Medical and sanitary report of the native army of Madras for the year
Year: 1878
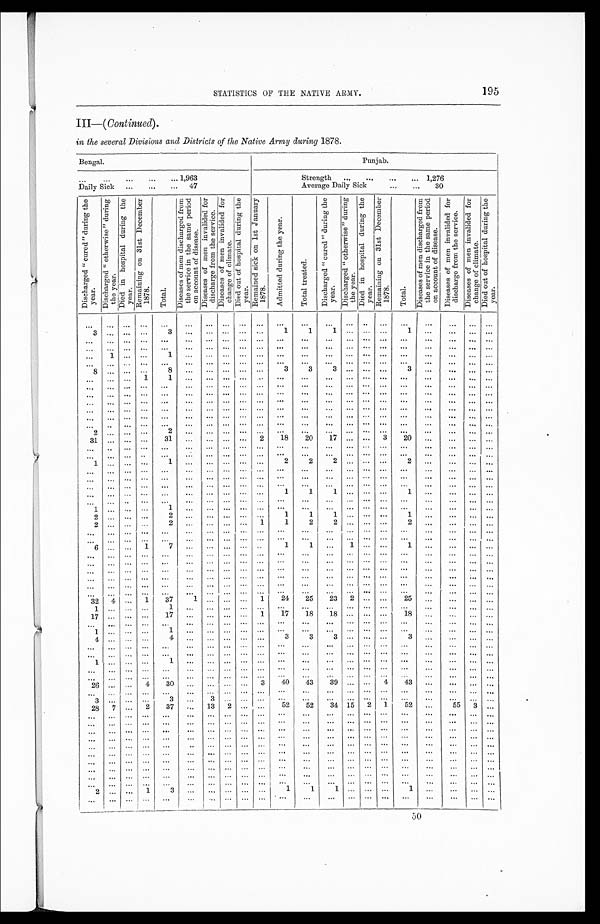
195
STATISTICS OF THE NATIVE ARMY.
III—( Continued).
in the several Divisions and Districts of the Native Army during 1878.
Bengal.
Punjab.
. . . 1,963
Strength . . . 1,276
Daily Sick . . . 47
Average Daily Sick . . . 30
D i s c h a r g e d " c u r e d " d u r i n g t h e y e a r .
D i s c h a r g e d " o t h e r w i s e " d u r i n g t h e y e a r .
D i e d i n h o s p i t a l d u r i n g t h e y e a r .
R e m a i n i n g o n 3 1 s t D e c e m b e r 1 8 7 8 .
T o t a l .
D i s e a s e s o f m e n d i s c h a r g e d f r o m t h e s e r v i c e i n t h e s a m e p e r i o d o n a c c o u n t o f d i s e a s e .
D i s e a s e s o f m e n i n v a l i d e d f o r d i s c h a r g e f r o m t h e s e r v i c e .
D i s e a s e s o f m e n i n v a l i d e d f o r c h a n g e o f c l i m a t e .
D i e d o u t o f h o s p i t a l d u r i n g t h e y e a r .
R e m a i n e d s i c k o n 1 s t J a n u a r y 1 8 7 8 .
A d m i t t e d d u r i n g t h e y e a r .
T o t a l t r e a t e d .
D i s c h a r g e d " c u r e d " d u r i n g t h e y e a r .
D i s c h a r g e d " o t h e r w i s e " d u r i n g t h e y e a r .
D i e d i n h o s p i t a l d u r i n g t h e y e a r .
R e m a i n i n g o n 3 1 s t D e c e m b e r 1 8 7 8 .
T o t a l .
D i s e a s e s o f m e n d i s c h a r g e d f r o m t h e s e r v i c e i n t h e s a m e p e r i o d o n a c c o u n t o f d i s e a s e .
D i s e a s e s o f m e n i n v a l i d e d f o r d i s c h a r g e f r o m t h e s e r v i c e .
D i s e a s e s o f m e n i n v a l i d e d f o r c h a n g e o f c l i m a t e .
D i e d o u t o f h o s p i t a l d u r i n g t h e y e a r .
. . .
. . .
. . .
. . .
. . .
. . .
. . .
. . .
. . .
. . .
. . .
. . .
. . .
. . .
. . .
. . .
. . .
. . .
. . .
. . .
. . .
3
. . . . . .
. . .
3
. . .
. . .
. . .
. . .
. . .
1
1
1
. . .
. . .
. . .
1
. . .
. . .
. . . . . .
. . .
. . .
. . .
. . .
. . .
. . .
. . .
. . .
. . .
. . .
. . .
. . .
. . .
. . .
. . .
. . .
. . .
. . .
. . .
. . .
. . .
. . .
. . .
. . .
. . .
. . .
. . .
. . .
. . .
. . .
. . .
. . .
. . .
. . .
. . .
. . .
. . .
. . .
. . .
. . .
. . .
. . .
. . .
1
. . .
. . .
1
. . .
. . .
. . .
. . .
. . .
. . .
. . .
. . .
. . .
. . .
. . .
. . .
. . .
. . .
. . .
. . .
. . .
. . . . . .
. . .
. . .
. . .
. . .
. . .
. . .
. . .
. . .
. . .
. . .
. . .
. . .
. . .
. . .
. . .
. . .
. . .
. . .
8
. . . . . .
. . .
8
. . .
. . .
. . .
. . .
. . .
3
3
3
. . .
. . .
. . .
3
. . .
. . .
. . . . . .
. . .
. . .
. . .
1
1
. . .
. . .
. . .
. . .
. . .
. . .
. . .
. . .
. . .
. . .
. . .
. . .
. . .
. . .
. . .
. . .
. . .
. . .
. . .
. . .
. . .
. . .
. . .
. . .
. . .
. . .
. . .
. . .
. . .
. . .
. . .
. . .
. . .
. . .
. . .
. . .
. . .
. . .
. . .
. . .
. . .
. . .
. . .
. . . . . .
. . .
. . .
. . .
. . .
. . .
. . .
. . .
. . .
. . .
. . .
. . .
. . .
. . .
. . .
. . .
. . .
. . .
. . .
. . .
. . .
. . .
. . .
. . .
. . .
. . .
. . .
. . .
. . .
. . .
. . .
. . .
. . .
. . .
. . .
. . .
. . .
. . .
. . .
. . .
. . .
. . .
. . .
. . .
. . .
. . .
. . .
. . .
. . .
. . .
. . .
. . .
. . .
. . .
. . . . . .
. . .
. . .
. . .
. . .
. . .
. . .
. . .
. . .
. . .
. . .
. . .
. . .
. . .
. . .
. . .
. . .
. . .
. . .
. . .
. . . . . .
. . .
. . .
. . .
. . .
. . .
. . .
. . .
. . .
. . .
. . .
. . .
. . .
. . .
. . .
. . .
. . .
. . .
. . .
. . .
. . . . . .
2
. . . . . .
. . .
2
. . .
. . .
. . .
. . .
. . .
. . .
. . .
. . .
. . .
. . .
. . .
. . .
. . .
. . .
. . .
. . .
31
. . . . . .
. . .
31
. . .
. . .
. . .
. . .
2
18
20
17
. . .
. . .
3
20
. . .
. . .
. . .
. . .
. . .
. . .
. . .
. . .
. . .
. . .
. . .
. . .
. . .
. . .
. . .
. . .
. . .
. . .
. . .
. . .
. . .
. . .
. . .
. . .
. . .
. . .
. . .
. . .
. . .
. . .
. . .
. . .
. . .
. . .
. . .
. . .
. . .
. . .
. . .
. . .
. . .
. . .
. . .
. . .
. . .
. . .
1
. . . . . .
. . .
1
. . .
. . .
. . .
. . .
. . .
2
2
2
. . .
. . .
. . .
2
. . .
. . .
. . . . . .
. . .
. . .
. . .
. . .
. . .
. . .
. . .
. . .
. . .
. . .
. . .
. . .
. . .
. . .
. . .
. . .
. . .
. . .
. . .
. . . . . .
. . .
. . .
. . .
. . .
. . .
. . .
. . .
. . .
. . .
. . .
. . .
. . .
. . .
. . .
. . .
. . .
. . .
. . .
. . .
. . .
. . .
. . .
. . .
. . .
. . .
. . .
. . .
. . . . . .
. . .
. . .
. . .
. . .
. . .
. . .
. . .
. . .
. . .
. . .
. . .
. . .
. . .
. . .
. . .
. . .
. . .
. . .
. . .
. . .
. . .
. . .
. . .
1
1
1
. . .
. . .
. . .
1
. . .
. . .
. . .
. . .
. . .
. . .
. . .
. . .
. . .
. . .
. . .
. . .
. . .
. . .
. . .
. . .
. . .
. . .
. . .
. . .
. . .
. . .
. . .
. . . . . .
1
. . . . . .
. . .
1
. . .
. . .
. . .
. . .
. . .
. . .
. . .
. . .
. . .
. . .
. . .
. . .
. . .
. . .
. . .
. . .
2
. . . . . .
. . .
2
. . .
. . .
. . .
. . .
. . .
1
1
1
. . .
. . .
. . .
1
. . .
. . .
. . .
. . .
2
. . . . . .
. . .
2
. . .
. . . . . .
. . .
1
1
2
2
. . .
. . .
. . .
2
. . .
. . .
. . .
. . .
. . .
. . .
. . .
. . .
. . .
. . .
. . .
. . .
. . .
. . .
. . .
. . .
. . .
. . .
. . .
. . .
. . .
. . .
. . .
. . . . . .
. . .
. . .
. . .
. . .
. . .
. . .
. . .
. . .
. . .
. . .
. . .
. . .
. . .
. . .
. . .
. . .
. . .
. . .
. . .
. . .
. . .
6
. . .
. . .
1
7
. . .
. . .
. . .
. . .
. . .
1
1
. . .
1
. . .
. . .
1
. . .
. . .
. . .
. . .
. . .
. . .
. . .
. . .
. . .
. . .
. . .
. . .
. . .
. . .
. . .
. . .
. . .
. . .
. . .
. . .
. . .
. . .
. . .
. . .
. . .
. . .
. . .
. . .
. . .
. . .
. . .
. . .
. . .
. . .
. . .
. . .
. . .
. . .
. . .
. . .
. . .
. . .
. . .
. . .
. . . . . .
. . .
. . .
. . .
. . .
. . .
. . .
. . .
. . .
. . .
. . .
. . .
. . .
. . .
. . .
. . .
. . .
. . .
. . .
. . .
. . .
. . .
. . .
. . .
. . .
. . .
. . .
. . .
. . .
. . .
. . .
. . .
. . .
. . .
. . .
. . .
. . .
. . .
. . .
. . .
. . .
. . .
. . .
. . .
. . .
. . .
. . .
. . .
. . .
. . .
. . .
. . .
. . .
. . .
. . .
. . .
. . .
. . .
. . .
. . .
. . .
. . .
. . .
. . .
. . .
. . .
. . .
. . .
. . .
. . .
. . .
. . .
. . .
. . .
. . .
. . .
. . .
. . .
. . .
. . .
. . .
. . .
. . .
. . .
. . .
32
4
. . .
1
37
1
. . .
. . .
. . .
1
24
25
23
2
. . .
. . .
25
. . .
. . .
. . .
. . .
1
. . .
. . .
. . .
1
. . .
. . .
. . .
. . .
. . .
. . .
. . .
. . .
. . .
. . .
. . .
. . .
. . .
. . .
. . .
. . .
17
. . .
. . .
. . .
17
. . .
. . .
. . .
. . .
1
17
18
1 8
. . .
. . .
. . .
18
. . .
. . .
. . .
. . .
. . .
. . .
. . .
. . .
. . .
. . .
. . .
. . .
. . .
. . .
. . .
. . .
. . .
. . .
. . .
. . .
. . .
. . .
. . .
. . .
. . .
1
. . .
. . .
. . .
1
. . .
. . .
. . .
. . .
. . .
. . .
. . .
. . .
. . .
. . .
. . .
. . .
. . .
. . .
. . .
. . .
4
. . .
. . .
. . .
4
. . .
. . .
. . . . . .
. . .
3
3
3
. . .
. . .
. . .
3
. . .
. . .
. . .
. . .
. . .
. . .
. . .
. . .
. . .
. . .
. . .
. . .
. . .
. . .
. . .
. . .
. . .
. . . . . .
. . .
. . .
. . .
. . .
. . .
. . .
. . .
. . .
. . .
. . .
. . .
. . .
. . .
. . .
. . .
. . .
. . .
. . .
. . .
. . .
. . .
. . .
. . .
. . .
. . .
. . .
. . .
1
. . .
. . .
. . .
1
. . .
. . .
. . .
. . .
. . .
. . .
. . .
. . .
. . .
. . .
. . .
. . .
. . .
. . .
. . .
. . .
. . .
. . .
. . .
. . .
. . .
. . .
. . . . . .
. . .
. . .
. . .
. . .
. . .
. . .
. . .
. . .
. . .
. . .
. . .
. . .
. . .
. . .
. . .
. . .
. . .
. . .
. . .
. . .
. . .
. . .
. . .
. . .
. . .
. . .
. . .
. . .
. . .
. . .
. . .
. . .
. . .
. . .
26
. . .
. . .
4
30
. . .
. . . . . .
. . .
3
40
43
39
. . .
. . .
4
43
. . .
. . .
. . .
. . .
. . .
. . .
. . .
. . .
. . .
. . .
. . .
. . .
. . .
. . .
. . .
. . .
. . .
. . .
. . .
. . .
. . .
. . .
. . .
. . .
. . .
3
. . .
. . .
. . .
3
. . .
3
. . .
. . .
. . .
. . .
. . .
. . .
. . .
. . .
. . .
. . .
. . .
. . .
. . .
. . .
28
7
. . .
2
37
. . .
13
2
. . .
. . .
52
52
34
15
2
1
52
. . .
55
3
. . .
. . .
. . .
. . .
. . .
. . .
. . .
. . .
. . .
. . .
. . .
. . .
. . .
. . .
. . .
. . .
. . .
. . .
. . .
. . .
. . .
. . .
. . .
. . .
. . .
. . .
. . .
. . .
. . .
. . .
. . .
. . .
. . .
. . .
. . .
. . .
. . .
. . .
. . .
. . .
. . .
. . .
. . .
. . .
. . .
. . .
. . .
. . .
. . .
. . .
. . .
. . .
. . .
. . .
. . .
. . .
. . .
. . .
. . .
. . .
. . .
. . .
. . .
. . .
. . .
. . .
. . .
. . .
. . .
. . .
. . .
. . .
. . .
. . .
. . .
. . .
. . .
. . .
. . .
. . .
. . .
. . .
. . .
. . .
. . .
. . .
. . .
. . .
. . .
. . .
. . .
. . .
. . .
. . .
. . .
. . .
. . .
. . .
. . .
. . .
. . .
. . .
. . .
. . .
. . .
. . .
. . .
. . .
. . .
. . .
. . .
. . .
. . .
. . .
. . .
. . .
. . .
. . .
. . .
. . .
. . .
. . .
. . .
. . .
. . .
. . .
. . .
. . .
. . .
. . .
. . .
. . .
. . .
. . .
. . .
. . .
. . .
. . .
. . .
. . .
. . .
. . .
. . .
. . .
. . .
. . .
. . .
. . .
. . .
. . .
. . .
. . .
. . .
. . .
. . .
. . .
. . .
. . .
. . .
. . .
. . .
. . .
. . .
. . .
. . .
. . .
. . .
. . .
. . .
. . .
. . .
. . .
. . .
. . .
. . .
. . .
. . .
. . .
. . .
. . .
. . .
. . .
. . .
. . .
. . .
. . .
. . .
. . .
. . .
. . .
. . .
. . .
. . .
. . .
. . .
. . .
. . .
. . .
. . .
. . .
. . .
. . .
. . .
. . .
. . .
. . .
. . .
. . .
. . .
. . .
. . .
2
. . .
. . .
1
3
. . .
. . . . . .
. . .
. . .
1
1
1
. . .
. . .
. . .
1
. . .
. . .
. . .
. . .
. . .
. . .
. . .
. . .
. . .
. . .
. . .
. . .
. . .
. . .
. . .
. . .
. . .
. . .
. . .
. . .
. . .
. . .
. . .
. . .
. . .
50